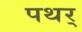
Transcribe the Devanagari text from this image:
पथर्